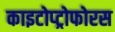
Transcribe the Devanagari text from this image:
काइटोप्ट्रोफोरस